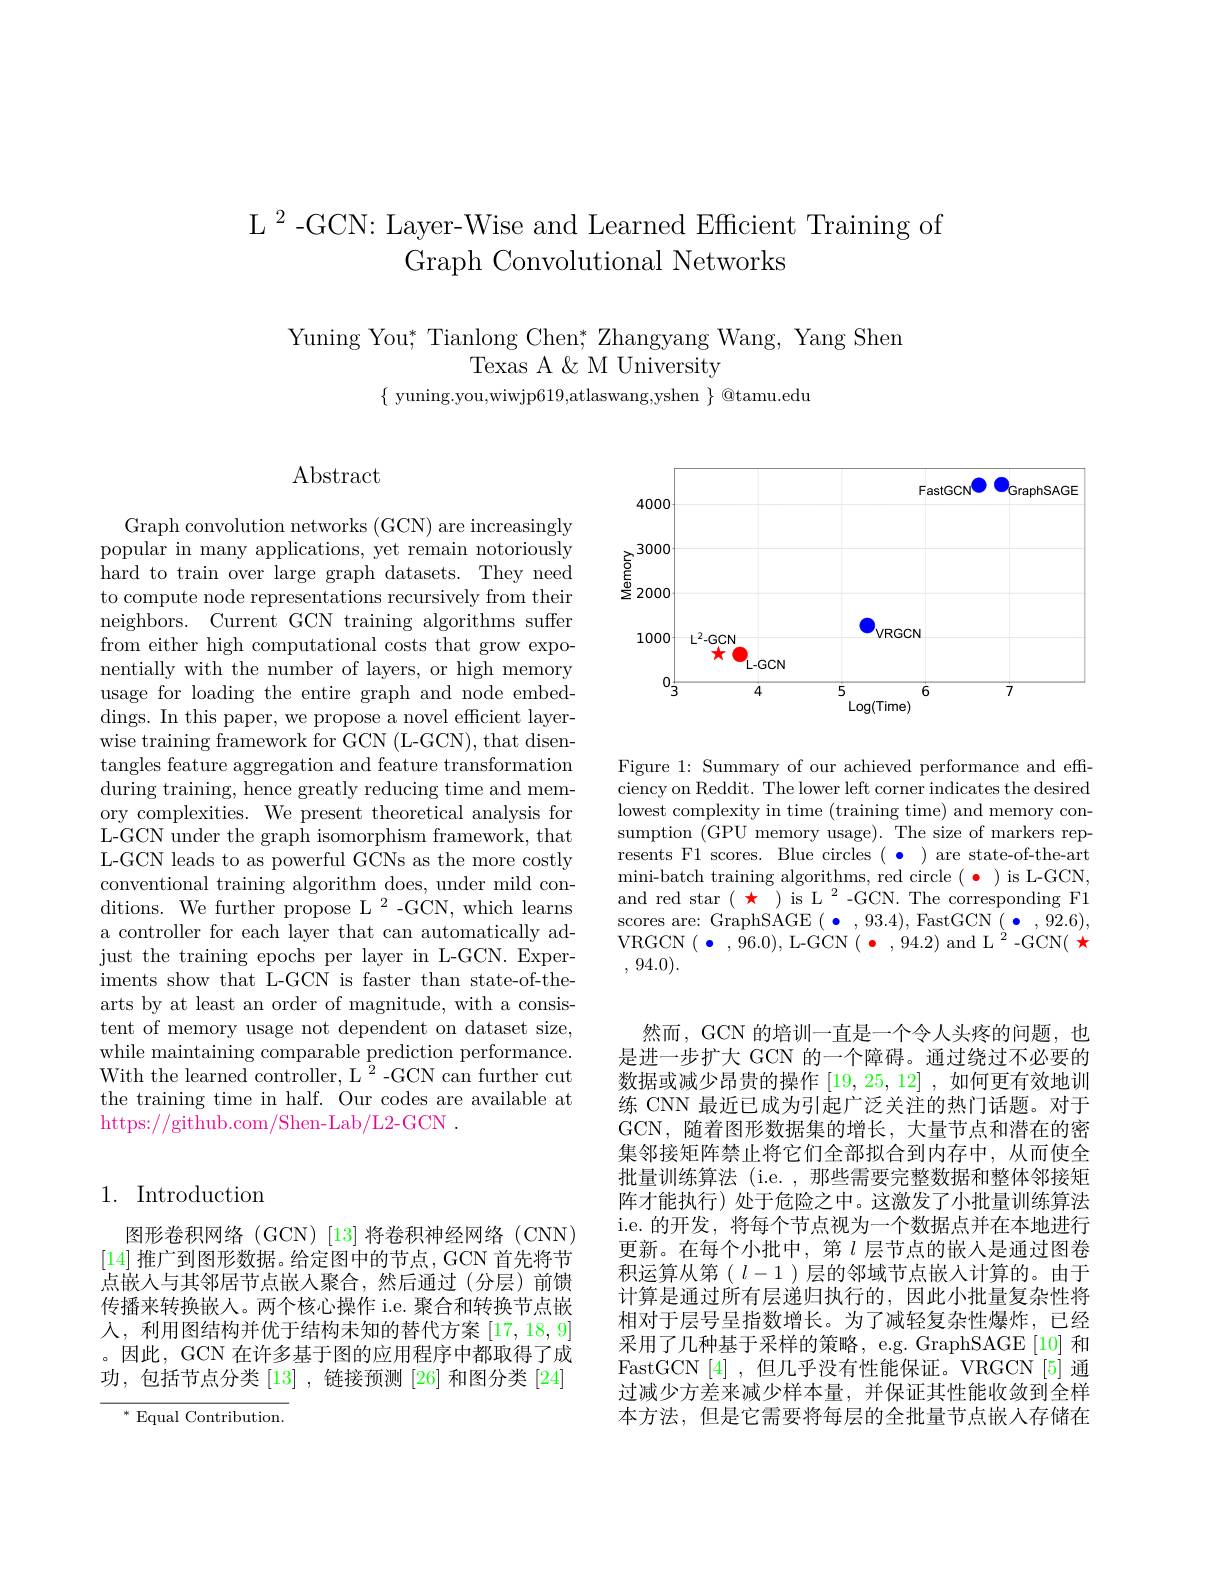
$\mathrm{L}^2$-GCN: Layer-Wise and Learned Efficient Training of
Graph Convolutional Networks

Yuning You; Tianlong Chen; Zhangyang Wang, Yang Shen
Texas A & M University
$\{$ yuning.you,wiwjp619,atlaswang,yshen $\}$ @tamu.edu

Abstract

Graph convolution networks (GCN) are increasingly popular in many applications, yet remain notoriously hard to train over large graph datasets. They need to compute node representations recursively from their neighbors. Current GCN training algorithms suffer $\bar{\text{from either high computational costs that grow expo-}}$ nentially with the number of layers, or high memory usage for loading the entire graph and node embed- $\bar{\mathrm{dings.~In~this~paper,~we~propose~a~novel~efficient~layer-}}$ wise training framework for GCN (L-GCN), that disentangles feature aggregation and feature transformation during training, hence greatly reducing time and memory complexities. We present theoretical analysis for L-GCN under the graph isomorphism framework, that L-GCN leads to as powerful GCNs as the more costly conventional training algorithm does, under mild conditions. We further propose L 2-GCN, which learns a controller for each layer that can automatically adjust the training epochs per layer in L-GCN. Experiments show that L-GCN is faster than state-of-thearts by at least an order of magnitude, with a consistent of memory usage not dependent on dataset size, while maintaining comparable prediction performance. With the learned controller, L $^{\bar{2}}$-GCN can further cut the training time in half. Our codes are available at https://github.com/Shen-Lab/L2-GCN~.

## 1. Introduction

图形卷积网络(GCN)[13]将卷积神经网络(CNN) [14]推广到图形数据。给定图中的节点，GCN 首先将节点嵌入与其邻居节点嵌入聚合，然后通过(分层)前馈传播来转换嵌人。两个核心操作 i.e. 聚合和转换节点嵌人，利用图结构并优于结构未知的替代方案[17,18,9] 。因此，GCN 在许多基于图的应用程序中都取得了成功，包括节点分类[13],链接预测[26]和图分类[24]

$^{*}$Equal Contribution

<FigureHere>

Figure 1: Summary of our achieved performance and effciency on Reddit. The lower left corner indicates the desired lowest complexity in time (training time) and memory consumption (GPU memory usage). The size of markers represents F1 scores. Blue circles ( · ) are state-of-the-art mini-batch training algorithms, red circle $(\bullet)$ is L-GCN, and red star $(\begin{array}{c}{\star}\end{array})\text{is L}^{2}$-GCN.The corresponding F1 scores are: GraphSAGE $(\bullet,93.4)$,FastGCN $(\bullet,92.6)$, VRGCN$(\bullet,\hat{9}6.0)$,L-GCN$(\bullet,94.2)\mathrm{~and~L}^{2}$-GCN$(\star$ , 94.0).

然而，GCN 的培训一直是一个令人头疼的问题，也是进一步扩大 GCN 的一个障碍。通过绕过不必要的数据或减少昂贵的操作[19,25,12] ,如何更有效地训练 CNN 最近已成为引起广泛关注的热门话题。对于GCN,随着图形数据集的增长，大量节点和潜在的密集邻接矩阵禁止将它们全部拟合到内存中，从而使全批量训练算法 (i.e. , 那些需要完整数据和整体邻接矩阵才能执行)处于危险之中。这激发了小批量训练算法i.e. 的开发，将每个节点视为一个数据点并在本地进行更新。在每个小批中，第$l$ 层节点的嵌入是通过图卷积运算从第($l-1$)层的邻域节点嵌入计算的。由于计算是通过所有层递归执行的，因此小批量复杂性将相对于层号呈指数增长。为了减轻复杂性爆炸，已经采用了几种基于采样的策略，e.g. GraphSAGE[10] 和FastGCN[4],但几乎没有性能保证。VRGCN[5]通过减少方差来减少样本量，并保证其性能收敛到全样本方法，但是它需要将每层的全批量节点嵌入存储在